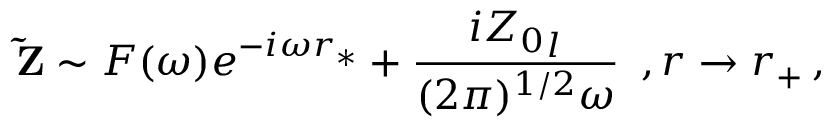
{ \bf \tilde { Z } } \sim F ( \omega ) e ^ { - i \omega r _ { * } } + \frac { i { Z _ { 0 } } _ { l } } { ( 2 \pi ) ^ { 1 / 2 } \omega } \, \, \, , r \rightarrow r _ { + } \, ,